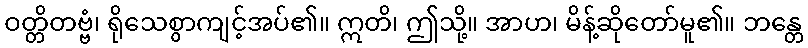
ဝတ္တိတဗ္ဗံ၊ ရိုသေစွာကျင့်အပ်၏။ ဣတိ၊ ဤသို့။ အာဟ၊ မိန့်ဆိုတော်မူ၏။ ဘန္တေ